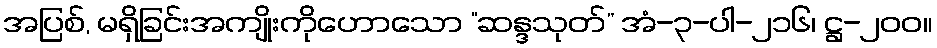
အပြစ်, မရှိခြင်းအကျိုးကိုဟောသော “ဆန္ဒသုတ်” အံ-၃-ပါ-၂၁၆၊ ဋ္ဌ-၂၀၀။